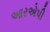
આરએપી